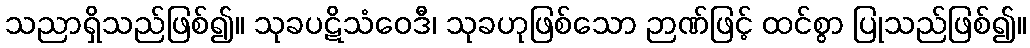
သညာရှိသည်ဖြစ်၍။ သုခပဋိသံဝေဒီ၊ သုခဟုဖြစ်သော ဉာဏ်ဖြင့် ထင်စွာ ပြုသည်ဖြစ်၍။